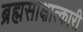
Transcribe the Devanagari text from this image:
ब्रह्मसाक्षात्कारी